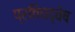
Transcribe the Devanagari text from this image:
प्रतिघद्वेष